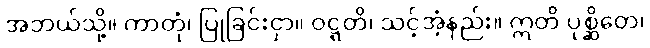
အဘယ်သို့။ ကာတုံ၊ ပြုခြင်းငှာ။ ဝဋ္ဋတိ၊ သင့်အံ့နည်း။ ဣတိ ပုစ္ဆိတေ၊